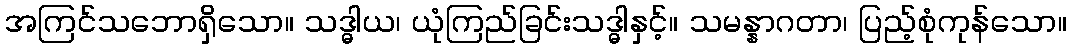
အကြင်သဘောရှိသော။ သဒ္ဓါယ၊ ယုံကြည်ခြင်းသဒ္ဓါနှင့်။ သမန္နာဂတာ၊ ပြည့်စုံကုန်သော။